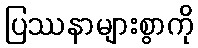
ပြဿနာများစွာကို